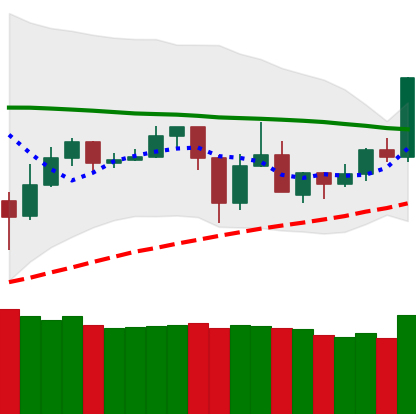
Ticker: TRX-USD
Chart end date: 2020-05-30
Forward return: 3.653%
Label: up_3_5